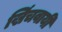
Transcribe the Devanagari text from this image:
खिंचवायी